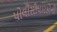
પોલીસીધારકોની